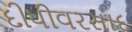
દીધીવરસાદ